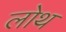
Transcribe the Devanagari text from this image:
लोथ